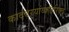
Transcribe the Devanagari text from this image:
कादंबऱ्यांव्यतिरिक्त